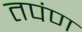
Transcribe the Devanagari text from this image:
तपंण